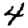
Digit: 4